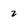
Character: 2